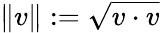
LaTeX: \| v\| :={\sqrt{v\cdot v}}